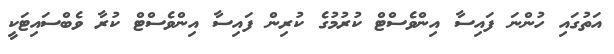
އަތުގައި ހުންނަ ފައިސާ އިންވެސްޓް ކުރުމުގެ ކުރިން ފައިސާ އިންވެސްޓް ކުރާ ވެބްސައިޓަކީ